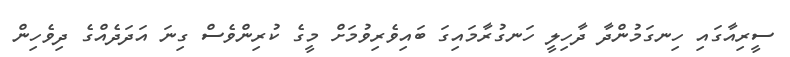
ސީރިއާގައި ހިނގަމުންދާ ދާހިލީ ހަނގުރާމައިގަ ބައިވެރިވުމަށް މީގެ ކުރިންވެސް ގިނަ އަދަދެއްގެ ދިވެހިން